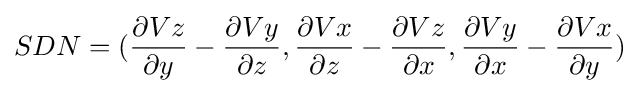
SDN=({\frac {\partial Vz}{\partial y}}-{\frac {\partial Vy}{\partial z}},{\frac {\partial Vx}{\partial z}}-{\frac {\partial Vz}{\partial x}},{\frac {\partial Vy}{\partial x}}-{\frac {\partial Vx}{\partial y}})